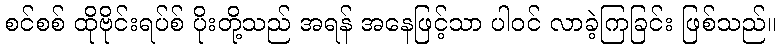
စင်စစ် ထိုဗိုင်းရပ်စ် ပိုးတို့သည် အရန် အနေဖြင့်သာ ပါဝင် လာခဲ့ကြခြင်း ဖြစ်သည်။